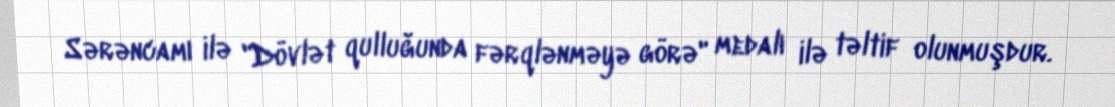
Sərəncamı ilə "Dövlət qulluğunda fərqlənməyə görə" medalı ilə təltif olunmuşdur.